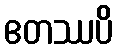
ဧတဿပိ